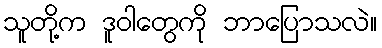
သူတို့က ဒူဝါတွေကို ဘာပြောသလဲ။